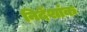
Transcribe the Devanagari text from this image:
निर्देंशांक